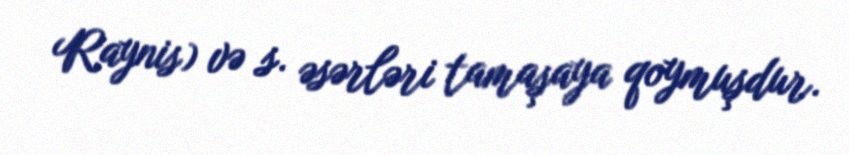
Raynis) və s. əsərləri tamaşaya qoymuşdur.